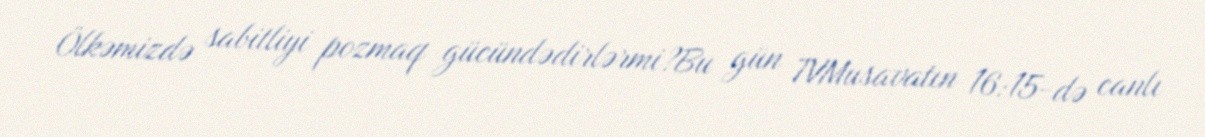
Ölkəmizdə sabitliyi pozmaq gücündədirlərmi?Bu gün TVMusavatın 16:15-də canlı